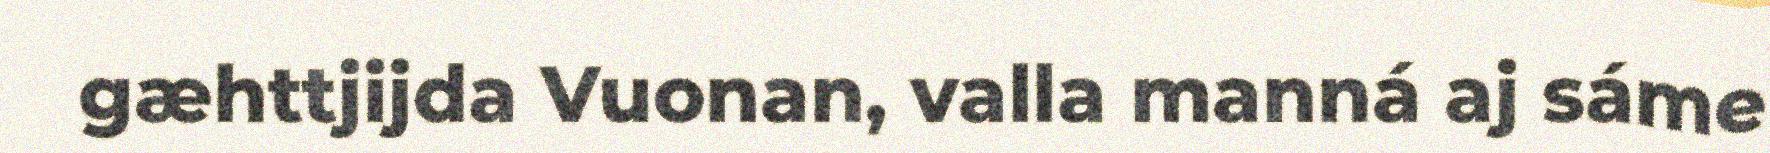
gæhttjijda Vuonan, valla manná aj sáme